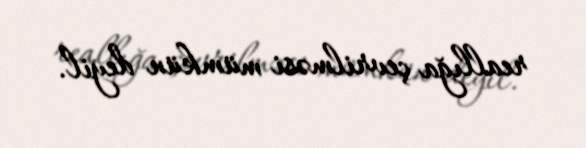
reallığa çevrilməsi mümkün deyil.